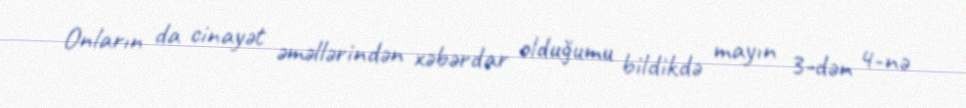
Onların da cinayət əməllərindən xəbərdar olduğumu bildikdə mayın 3-dən 4-nə